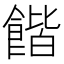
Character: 𲋜